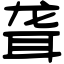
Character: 聋